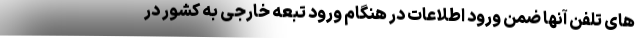
های تلفن آنها ضمن ورود اطلاعات در هنگام ورود تبعه خارجی به کشور در